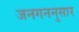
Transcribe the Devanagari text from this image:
जनगननुसार